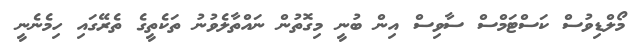
މޯލްޑިވުސް ކަސްޓަމްސް ސާވިސް އިން ބުނީ މިގޮތުން ނައްތާލެވުނު ތަކެތީގެ ތެރޭގައި ހިމެނެނީ